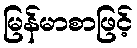
မြန်မာစာဖြင့်